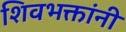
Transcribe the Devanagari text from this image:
शिवभक्तांनी